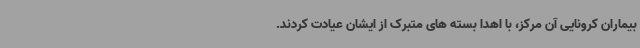
بیماران کرونایی آن مرکز، با اهدا بسته های متبرک از ایشان عیادت کردند.